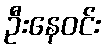
ဦးနေဝင်း